Indian Civil Veterinary Department memoirs
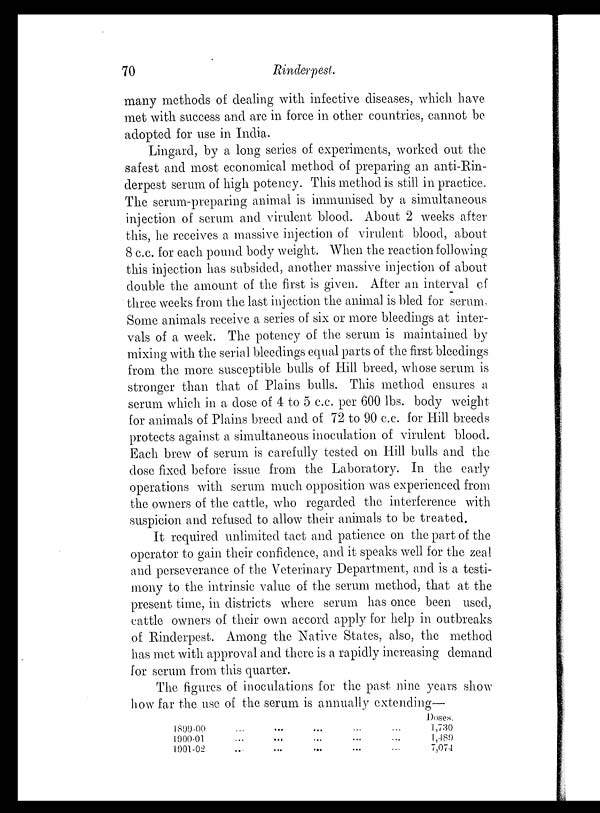
70
Rinderpest.
many methods of dealing with infective diseases, which have
met with success and are in force in other countries, cannot be
adopted for use in India.
Lingard, by a long series of experiments, worked out the
safest and most economical method of preparing an anti-Rin-
derpest serum of high potency. This method is still in practice.
The serum-preparing animal is immunised by a simultaneous
injection of serum and virulent blood About 2 weeks after
this, he receives a massive injection of virulent blood, about
8 c.c. for each pound body weight. When the reaction following
this injection has subsided, another massive injection of about
double the amount of the first is given. After an interval of
three weeks from the last injection the animal is bled for serum
Some animals receive a series of six or more bleedings at inter-
vals of a week. The potency of the serum is maintained by
mixing with the serial bleedings equal parts of the first bleedings
from the more susceptible bulls of Hill breed, whose serum is
stronger than that of Plains bulls. This method ensures a
serum which in a dose of 4 to 5 c.c. per 600 lbs. body weight
for animals of Plains breed and of 72 to 90 c.c. for Hill breeds
protects against a simultaneous inoculation of virulent blood.
Each brew of serum is carefully tested on Hill bulls and the
dose fixed before issue from the Laboratory. In the early
operations with serum much opposition was experienced from
the owners of the cattle, who regarded the interference with
suspicion and refused to allow their animals to be treated.
It required unlimited tact and patience on the part of the
operator to gain their confidence, and it speaks well for the zeal
and perseverance of the Veterinary Department, and is a testi-
mony to the intrinsic value of the serum method, that at the
present time, in districts where serum has once been used,
cattle owners of their own accord apply for help in outbreaks
of Rinderpest. Among the Native States, also, the method
has met with approval and there is a rapidly increasing demand
for serum from this quarter.
The figures of inoculations for the past nine years show
how far the use of the serum is annually extending—
1899-00
1900-01
1901-02
...
...
...
...
...
...
...
...
...
...
...
...
...
...
...
Doses.
1,730
1,489
7,074